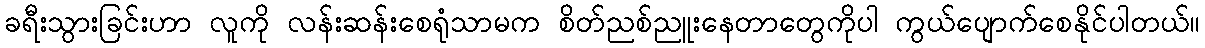
ခရီးသွားခြင်းဟာ လူကို လန်းဆန်းစေရုံသာမက စိတ်ညစ်ညူးနေတာတွေကိုပါ ကွယ်ပျောက်စေနိုင်ပါတယ်။